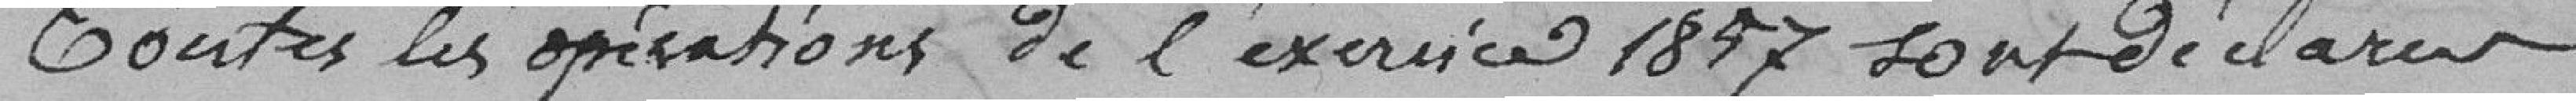
Toutes les opérations de l'exercice 1897 sont déclarées